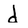
Character: d